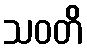
သဝတိ